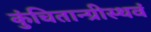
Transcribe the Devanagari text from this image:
कुंचितान्ग्रीस्थवं